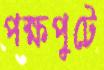
পক্ষপুটে